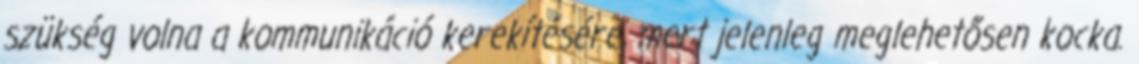
szükség volna a kommunikáció kerekítésére, mert jelenleg meglehetősen kocka.